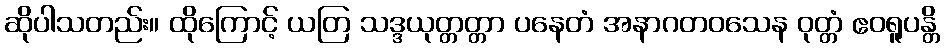
ဆိုပါသတည်း။ ထိုကြောင့် ယတြ သဒ္ဒယုတ္တတ္တာ ပနေတံ အနာဂတဝသေန ဝုတ္တံ ဧဝရူပန္တိ